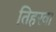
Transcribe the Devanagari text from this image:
तिहरवा